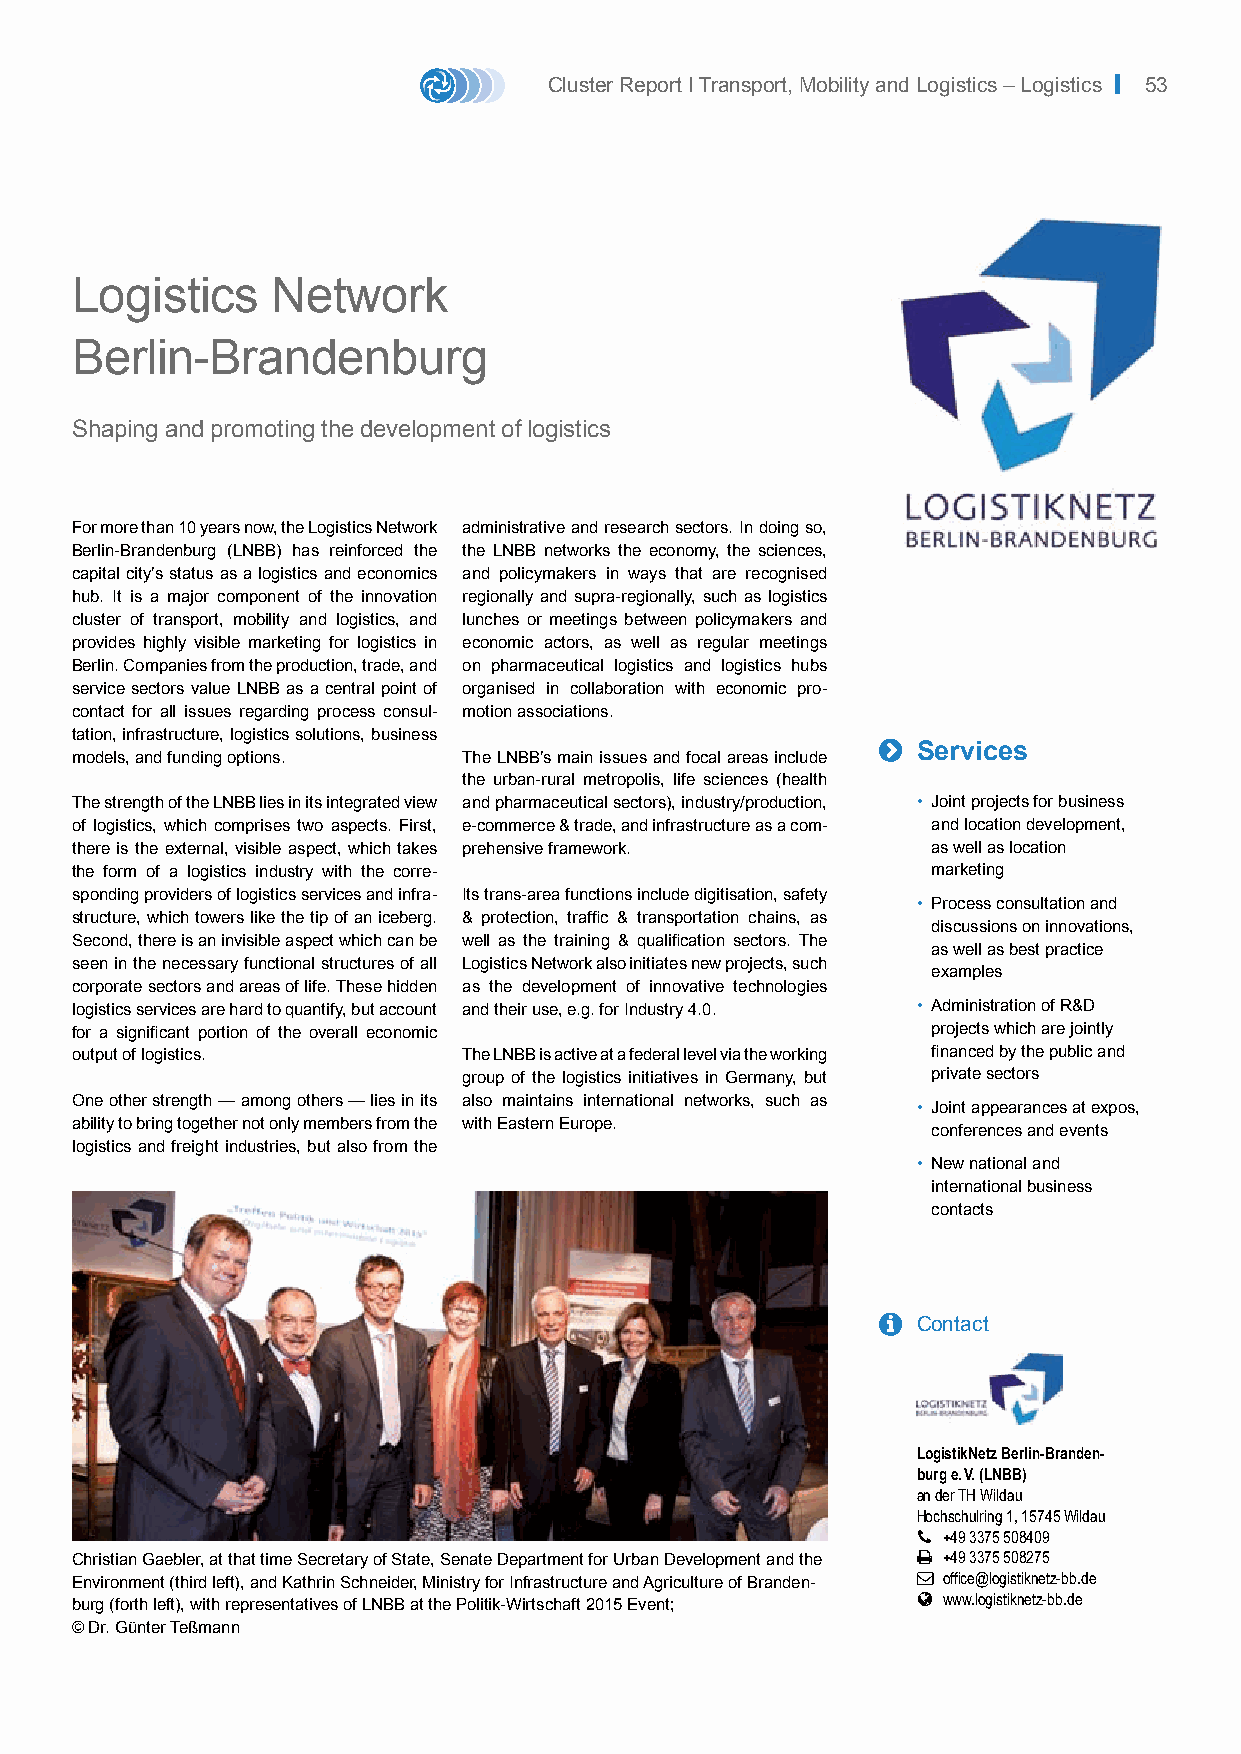
Cluster Report I Transport, Mobility and Logistics – Logistics | 53
 Logistics    Network
 Berlin-Brandenburg
 Shaping and promoting the development of logistics
 For more than 10 years now, the Logistics Network administrative and research sectors. In doing so,
 Berlin-Brandenburg (LNBB) has reinforced the the LNBB networks the economy, the sciences,
 capital city’s status as a logistics and economics and policymakers in ways that are recognised
 hub. It is a major component of the innovation regionally and supra-regionally, such as logistics
 cluster of transport, mobility and logistics, and lunches or meetings between policymakers and
 provides highly visible marketing for logistics in economic actors, as well as regular meetings
 Berlin. Companies from the production, trade, and on pharmaceutical logistics and logistics hubs
 service sectors value LNBB as a central point of organised in collaboration with economic pro-
 contact for all issues regarding process consul- motion associations.
 tation, infrastructure, logistics solutions, business
 
 Services
 models, and funding options. The LNBB’s main issues and focal areas include
 the urban-rural metropolis, life sciences (health
 The strength of the LNBB lies in its integrated view and pharmaceutical sectors), industry/production, • Joint projects for business
 of logistics, which comprises two aspects. First, e-commerce & trade, and infrastructure as a com- and location development,
 there is the external, visible aspect, which takes prehensive framework. as well as location
 the form of a logistics industry with the corre-         marketing
 sponding providers of logistics services and infra- Its trans-area functions include digitisation, safety
 • Process consultation and
 structure, which towers like the tip of an iceberg. & protection, traffic & transportation chains, as
 discussions on innovations,
 Second, there is an invisible aspect which can be well as the training & qualification sectors. The
 as well as best practice
 seen in the necessary functional structures of all Logistics Network also initiates new projects, such
 examples
 corporate sectors and areas of life. These hidden as the development of innovative technologies
 logistics services are hard to quantify, but account and their use, e.g. for Industry 4.0. • Administration of R&D
 for a significant portion of the overall economic        projects which are jointly
 output of logistics.      The LNBB is active at a federal level via the working financed by the public and
 group of the logistics initiatives in Germany, but private sectors
 One other strength — among others — lies in its also maintains international networks, such as
 • Joint appearances at expos,
 ability to bring together not only members from the with Eastern Europe.
 conferences and events
 logistics and freight industries, but also from the
 • New national and
 international business
 contacts
   Contact
 LogistikNetz Berlin-Branden-
 burg e. V. (LNBB)
 an der TH Wildau
 Hochschulring 1, 15745 Wildau
  +49 3375 508409
 Christian Gaebler, at that time Secretary of State, Senate Department for Urban Development and the  +49 3375 508275
 Environment (third left), and Kathrin Schneider, Ministry for Infrastructure and Agriculture of Branden-  office@logistiknetz-bb.de
  www.logistiknetz-bb.de
 burg (forth left), with representatives of LNBB at the Politik-Wirtschaft 2015 Event;
 © Dr. Günter Teßmann